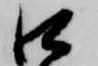
口